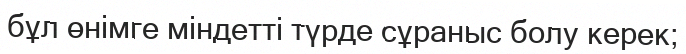
бұл өнімге міндетті түрде сұраныс болу керек;